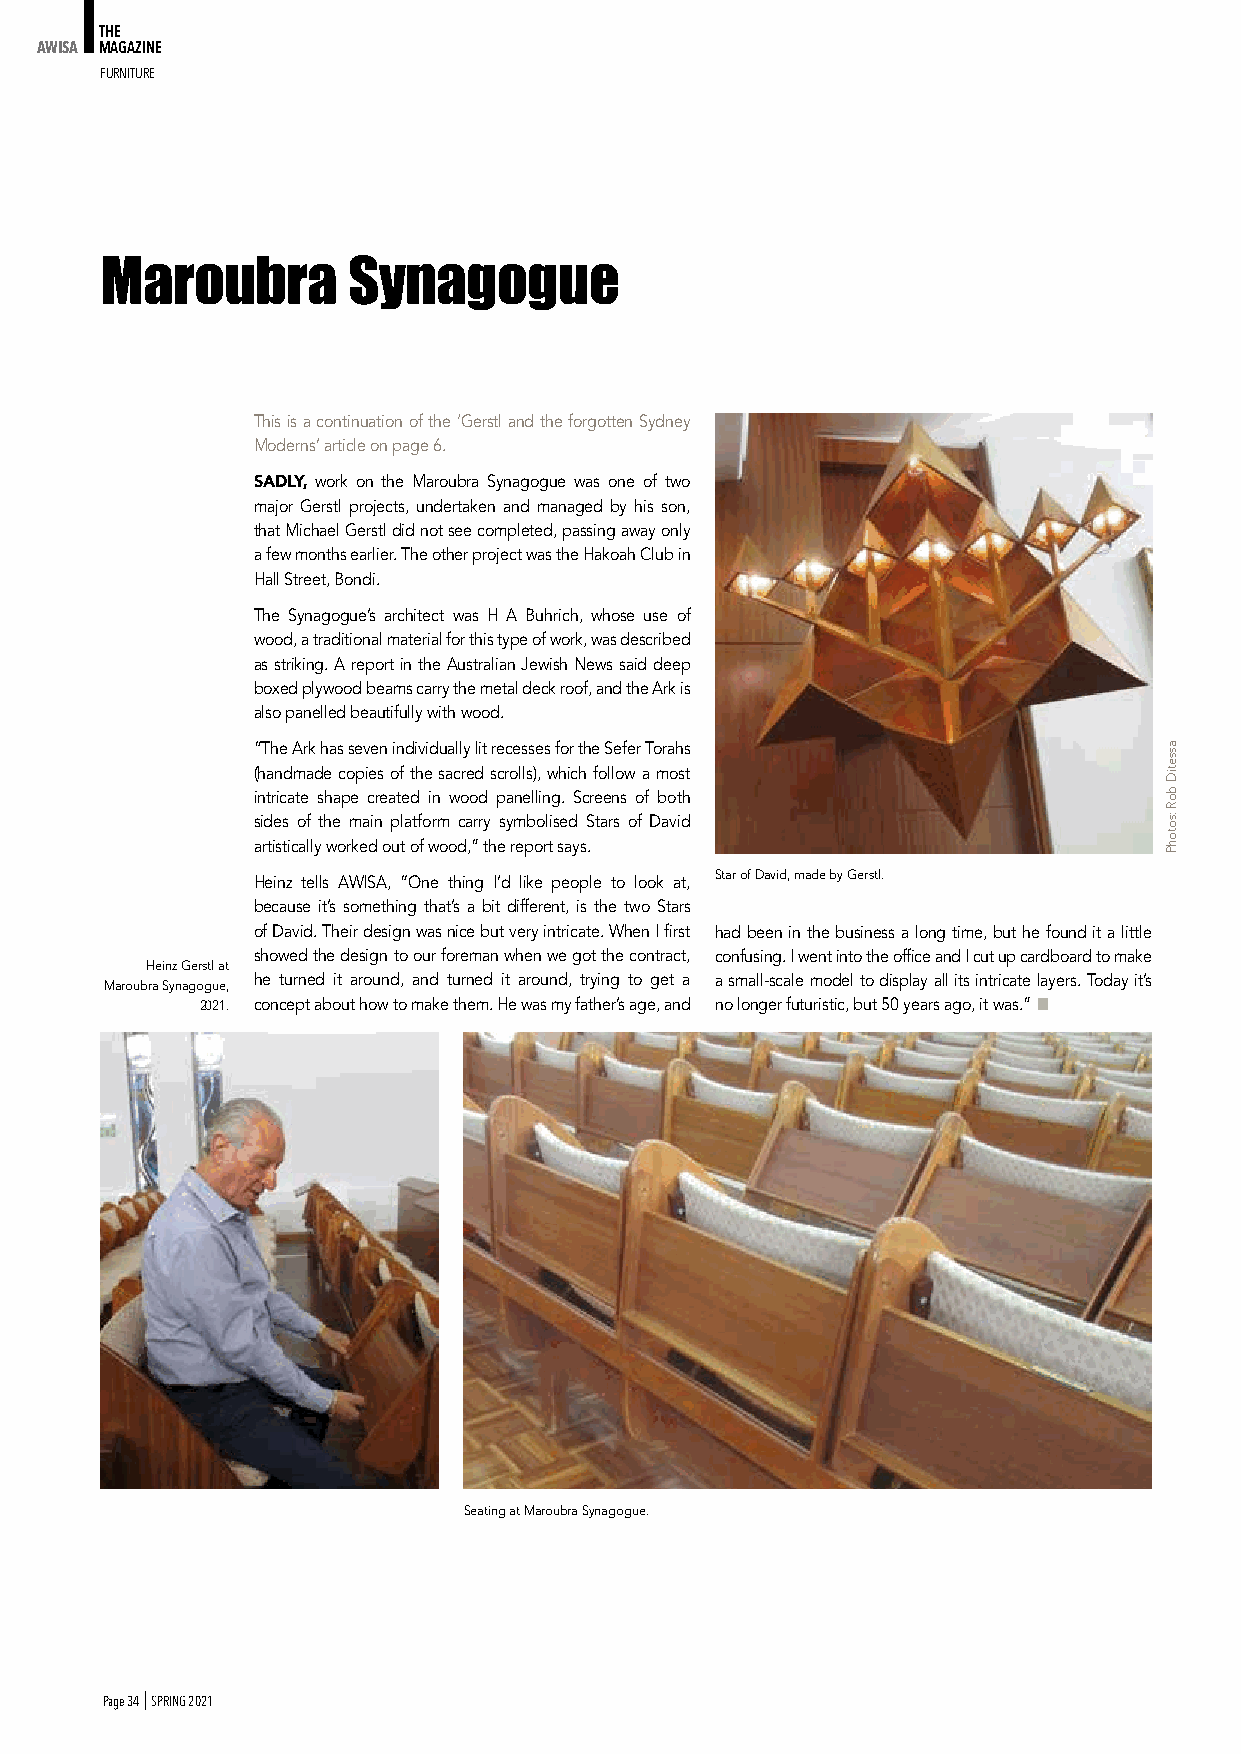
THE
 AWISA MAGAZINE
 FuRNItuRe
 Maroubra        Synagogue
 This is a continuation of the ‘Gerstl and the forgotten Sydney
 Moderns’ article on page 6.
 SADLY, work on the Maroubra Synagogue was one of two
 major Gerstl projects, undertaken and managed by his son,
 that Michael Gerstl did not see completed, passing away only
 a few months earlier. The other project was the Hakoah Club in
 Hall Street, Bondi.
 The Synagogue’s architect was H A Buhrich, whose use of
 wood, a traditional material for this type of work, was described
 as striking. A report in the Australian Jewish News said deep
 boxed plywood beams carry the metal deck roof, and the Ark is
 also panelled beautifully with wood.
 “The Ark has seven individually lit recesses for the Sefer Torahs
 (handmade copies of the sacred scrolls), which follow a most
 intricate shape created in wood panelling. Screens of both
 sides of the main platform carry symbolised Stars of David
 artistically worked out of wood,” the report says.
 Star of David, made by Gerstl.
 Heinz tells AWISA, “One thing I’d like people to look at,
 because it’s something that’s a bit different, is the two Stars
 of David. Their design was nice but very intricate. When I first had been in the business a long time, but he found it a little
 showed the design to our foreman when we got the contract, confusing. I went into the office and I cut up cardboard to make
 Heinz Gerstl at
 he turned it around, and turned it around, trying to get a a small-scale model to display all its intricate layers. Today it’s
 Maroubra Synagogue,
 2021. concept about how to make them. He was my father’s age, and no longer futuristic, but 50 years ago, it was.” ■
 Seating at Maroubra Synagogue.
 Page 34 I SPRING 2021
 assetiD
 boR
 :sotohP